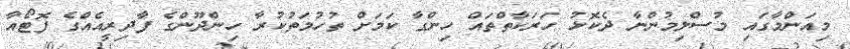
މިއަންމާގައި މުސްލިމުންނާ ދެކޮޅު ހަރަކާތްތައް ހިންގާ ކަމަށް ތުހުމަތުކުރާ ހިންދޫންގެ ފާދިރީއެއްގެ ފޮޓޯއާ